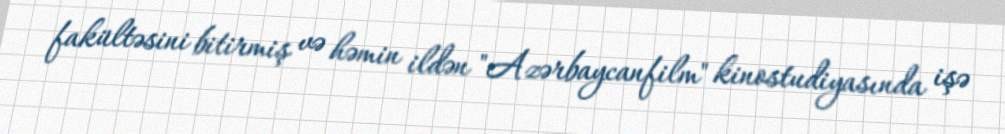
fakültəsini bitirmiş və həmin ildən "Azərbaycanfilm" kinostudiyasında işə